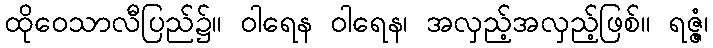
ထိုဝေသာလီပြည်၌။ ဝါရေန ဝါရေန၊ အလှည့်အလှည့်ဖြစ်။ ရဇ္ဇံ၊